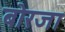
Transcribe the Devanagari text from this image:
बोरजा